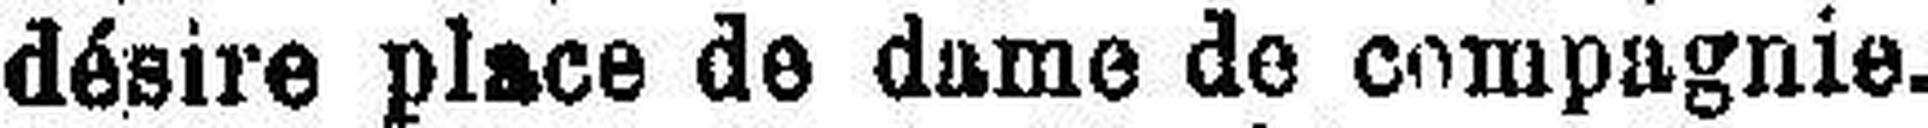
désire place de dame de Compagnie.